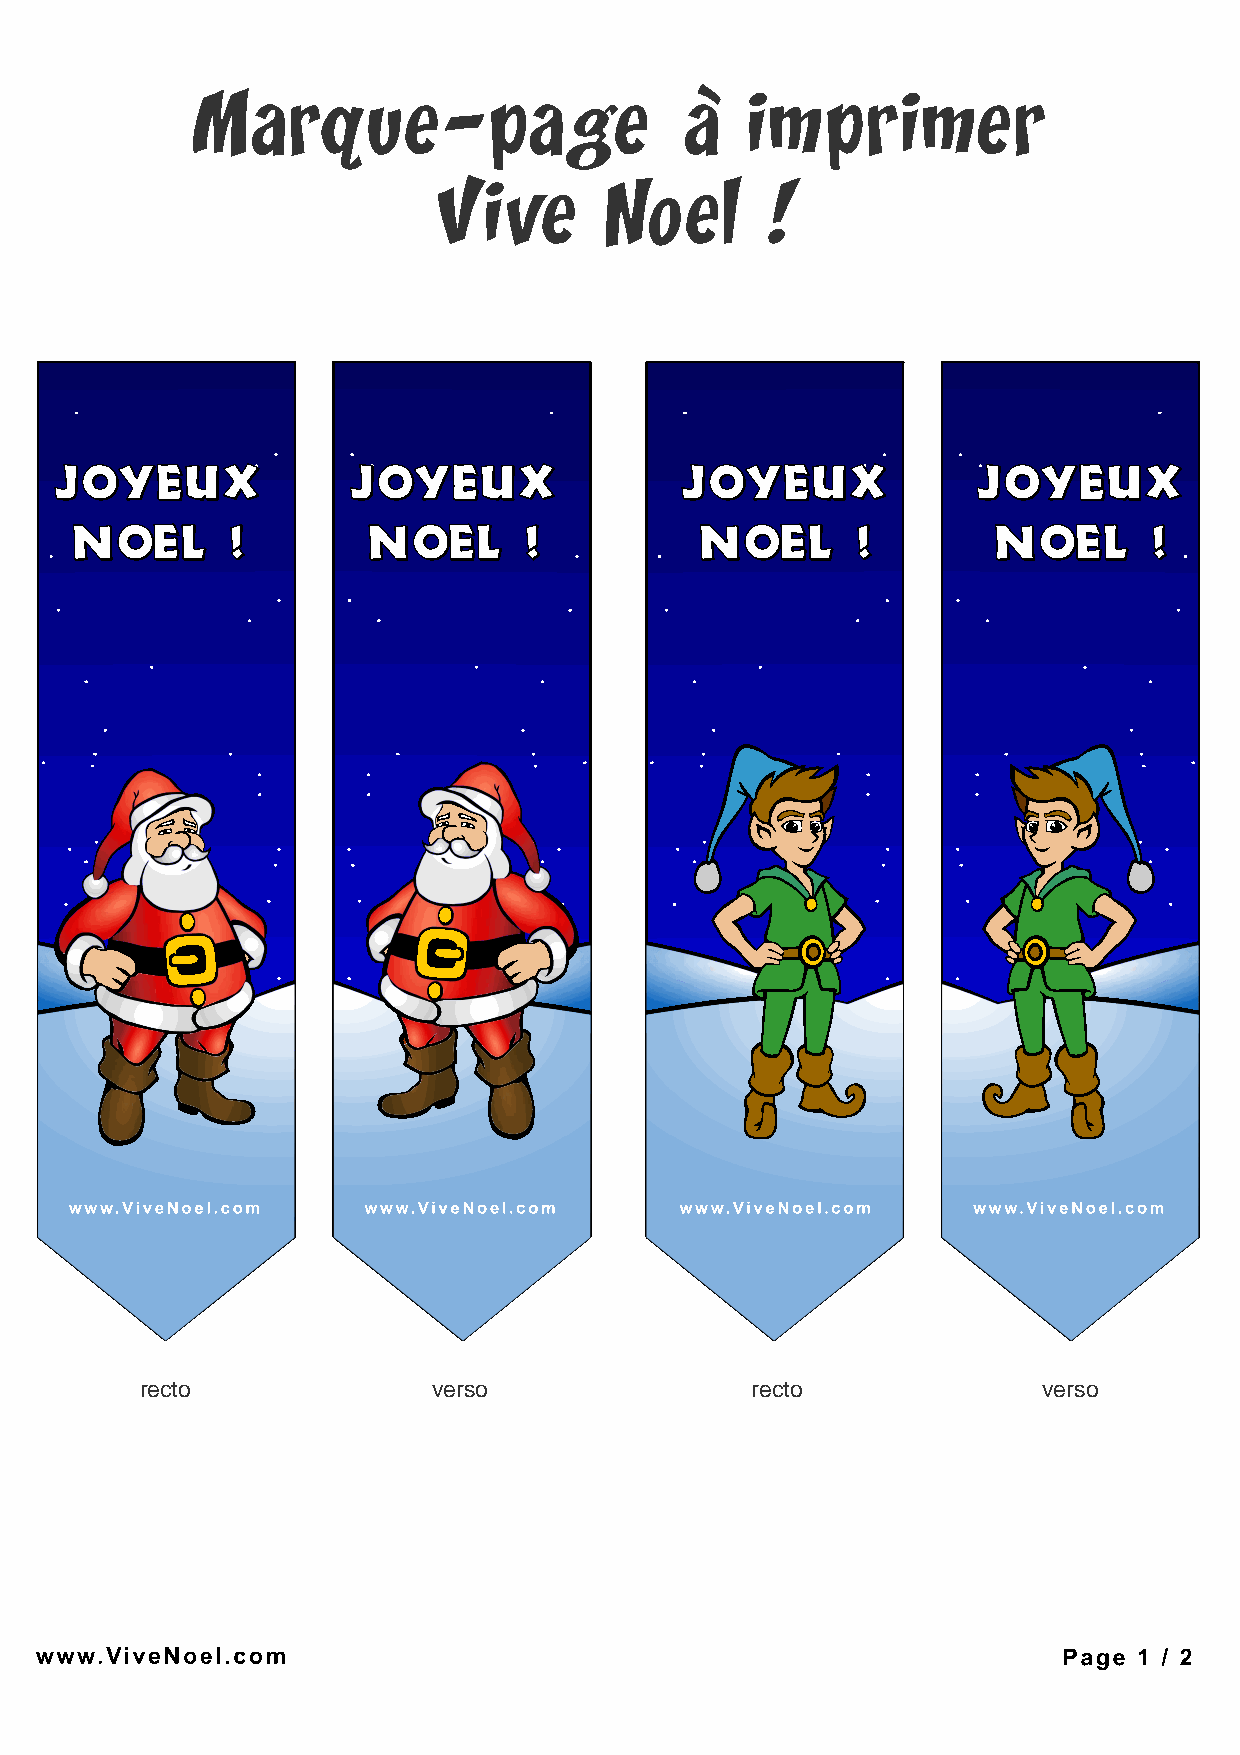
recto               verso                recto              verso